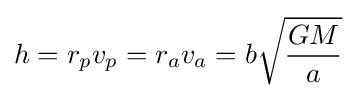
h=r_{p}v_{p}=r_{a}v_{a}=b{\sqrt {\frac {GM}{a}}}